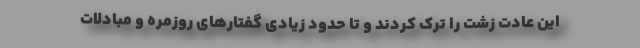
این عادت زشت را ترک کردند و تا حدود زیادی گفتارهای روزمره و مبادلات